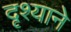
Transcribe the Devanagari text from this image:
दृश्याने